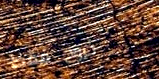
خروج فقط